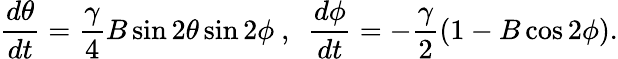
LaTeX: \frac{d\theta}{dt}=\frac{\gamma}{4}B\sin 2\theta\sin 2\phi~,~~\frac{d\phi}{dt}=-\frac{\gamma}{2}\left(1-B\cos 2\phi\right).